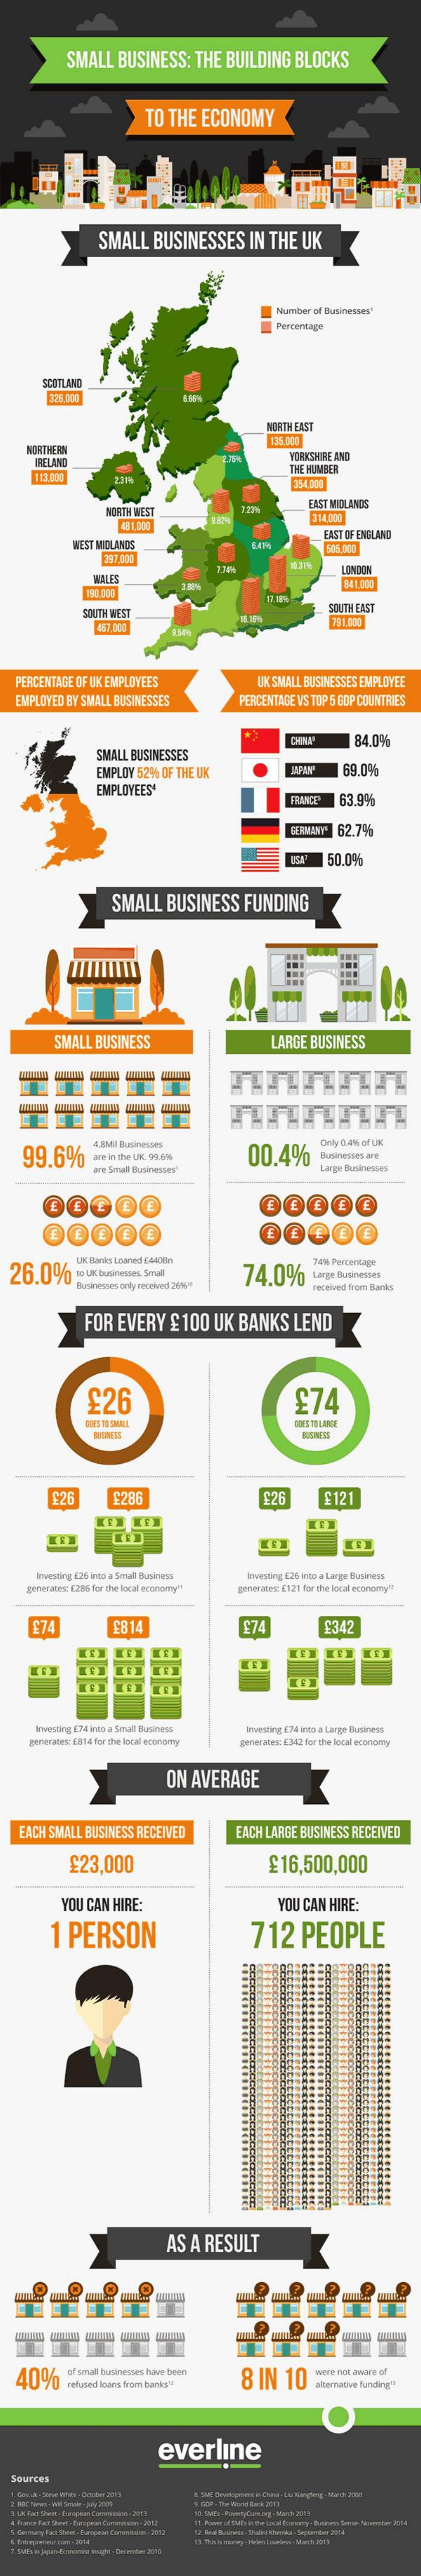
SMALL    BUSINESS:    THE  BUILDING    BLOCKS
     TO  THE   ECONOMY
     SMALL    BUSINESSES    IN  THE  UK
     Number of Businesses
     SCOTLAND
     326.000
     NORTH EAST
     NORTHERN
     135.200
     IRELAND    YORKSHIRE AND
     113 000
     THE NUMBER
     354.000
     NORTH WEST
     EAST MIDLANDS
     48 1,000
     314.000
     WEST MIDLANDS
     LAST OF ENGLAND
     535.000
     WILES
     84 1.000
     SOUTH WEST
     SOUTH EAST
     487.000    75 1.000
   PERCENTAGE OF UK EMPLOYEES    UK SMALL BUSINESSES EMPLOYEE
   EMPLOYED BY SMALL BUSINESSES    PERCENTADE VS TOP 5 COP COUNTRIES
     SMALL BUSINESSES
     84.0%
     EMPLOY 52%  OF THE UK    69.0%
     EMPLOYEES'
     FRANCE  63.9%
     DERMANY' 62.79%
     50,0%
     SMALL    BUSINESS    FUNDING
     SMALL   BUSINESS    LARGE  BUSINESS
    99.6%
     4.BM Builrwesoes
     00.4%
     Only 0.4%-of UK
     ane in the UK. 99.96    Businesses are
     ane Small Businesses"    Large Bunineinos
     UK Blanks Loaned CHOEn
     74.0%
     7416 Percentage
     Businesses only received 25W+
     Large Businesses
     received from Banks
     FOR  EVERY    £ 100   UK   BANKS    LEND
     £26    £74
     DOES TO LANDE
     £26    £286    £26    £121
     Investing 626 ingo a Small Business    Investing 626 ingo a Large Business
     gener abis: 1286 For the local economy" gitwiretek: [121 For the local economy".
     £74    6814    F342
     g. E74 into a Small Business
     ewwrates: [all & for the local economy
     Inwriting [74 into a Large Bathnens
     generates: £342 for the local economy
     ON  AVERAGE
    EACH SMALL BUSINESS  RECEIVED    EACH LARGE BUSINESS  RECEIVED
     £23,000    £16,500,000
     YOU  CAN  HIRE:    YOU CAN  HIRE:
     1 PERSON    712    PEOPLE
     AS  A RESULT
    40%
     of small businesses have been
     refused loans from banks"    8 IN    10
     were not aware of
     alternative funding"
     everline
  Sources